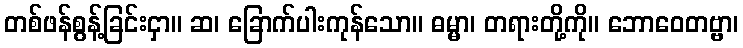
တစ်ဖန်စွန့်ခြင်းငှာ။ ဆ၊ ခြောက်ပါးကုန်သော။ ဓမ္မာ၊ တရားတို့ကို။ ဘောဝေတဗ္ဗာ၊